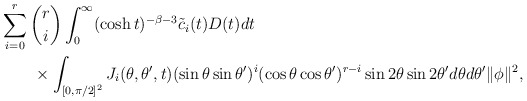
\begin{align*}&\sum^r_{i=0}{r\choose i}\int^\infty_0 (\cosh t)^{-\beta-3}\tilde{c}_i(t)D(t)dt\\&\qquad\times\int_{[0,\pi/2]^2} J_i(\theta,\theta',t) (\sin\theta\sin\theta')^i (\cos\theta\cos\theta')^{r-i}\sin2\theta\sin2\theta'd\theta d\theta' \|\phi\|^2,\end{align*}